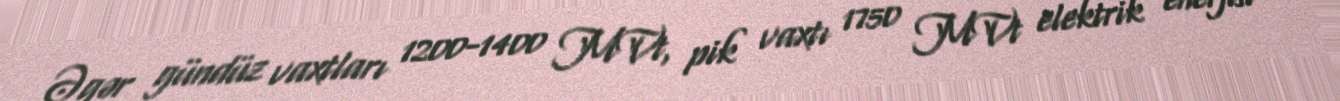
Əgər gündüz vaxtları 1200-1400 MVt, pik vaxtı 1750 MVt elektrik enerjisi